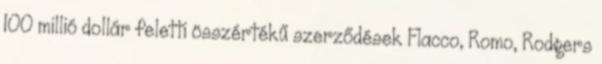
100 millió dollár feletti összértékű szerződések Flacco, Romo, Rodgers